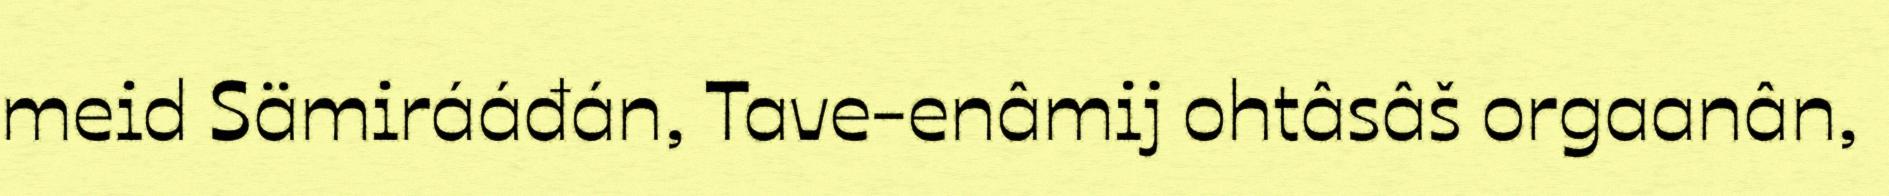
meid Sämirááđán, Tave-enâmij ohtâsâš orgaanân,